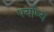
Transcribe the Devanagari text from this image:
पर्याप्य